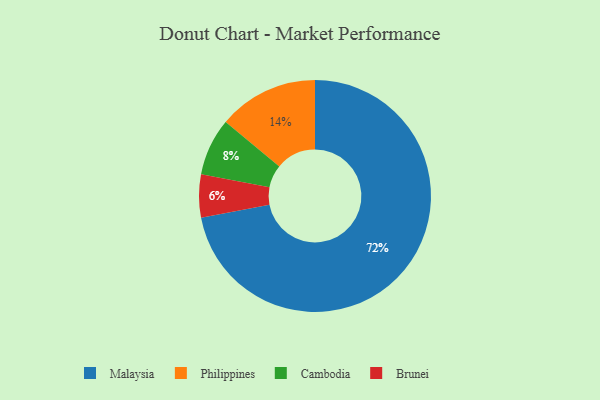
{"axis": {"x": "Category", "y": "Percentage"}, "legend": ["Brunei", "Cambodia", "Malaysia", "Philippines"], "data": [{"x": "Cambodia", "y": 8, "type": "Cambodia"}, {"x": "Philippines", "y": 14, "type": "Philippines"}, {"x": "Brunei", "y": 6, "type": "Brunei"}, {"x": "Malaysia", "y": 72, "type": "Malaysia"}]}